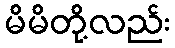
မိမိတို့လည်း